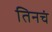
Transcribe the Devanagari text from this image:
तिनचं